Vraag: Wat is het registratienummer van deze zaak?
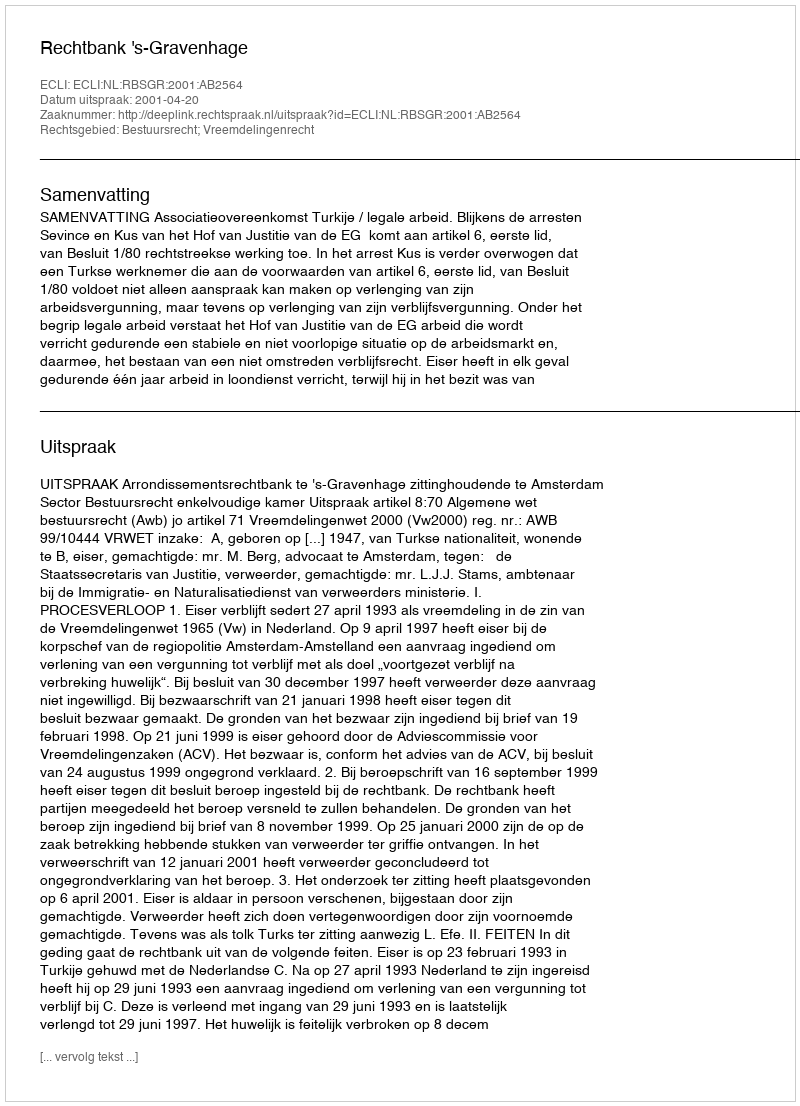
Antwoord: http://deeplink.rechtspraak.nl/uitspraak?id=ECLI:NL:RBSGR:2001:AB2564